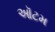
ઑટમ